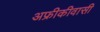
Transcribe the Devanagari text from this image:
अफ्रीकीवासी